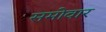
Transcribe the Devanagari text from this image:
समोवार